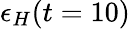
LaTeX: \epsilon_{H}(t=10)